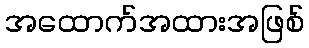
အထောက်အထားအဖြစ်